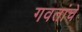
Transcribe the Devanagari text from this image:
गवतांचे